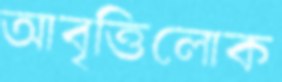
আবৃত্তিলোক